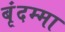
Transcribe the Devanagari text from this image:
बृंदम्मा